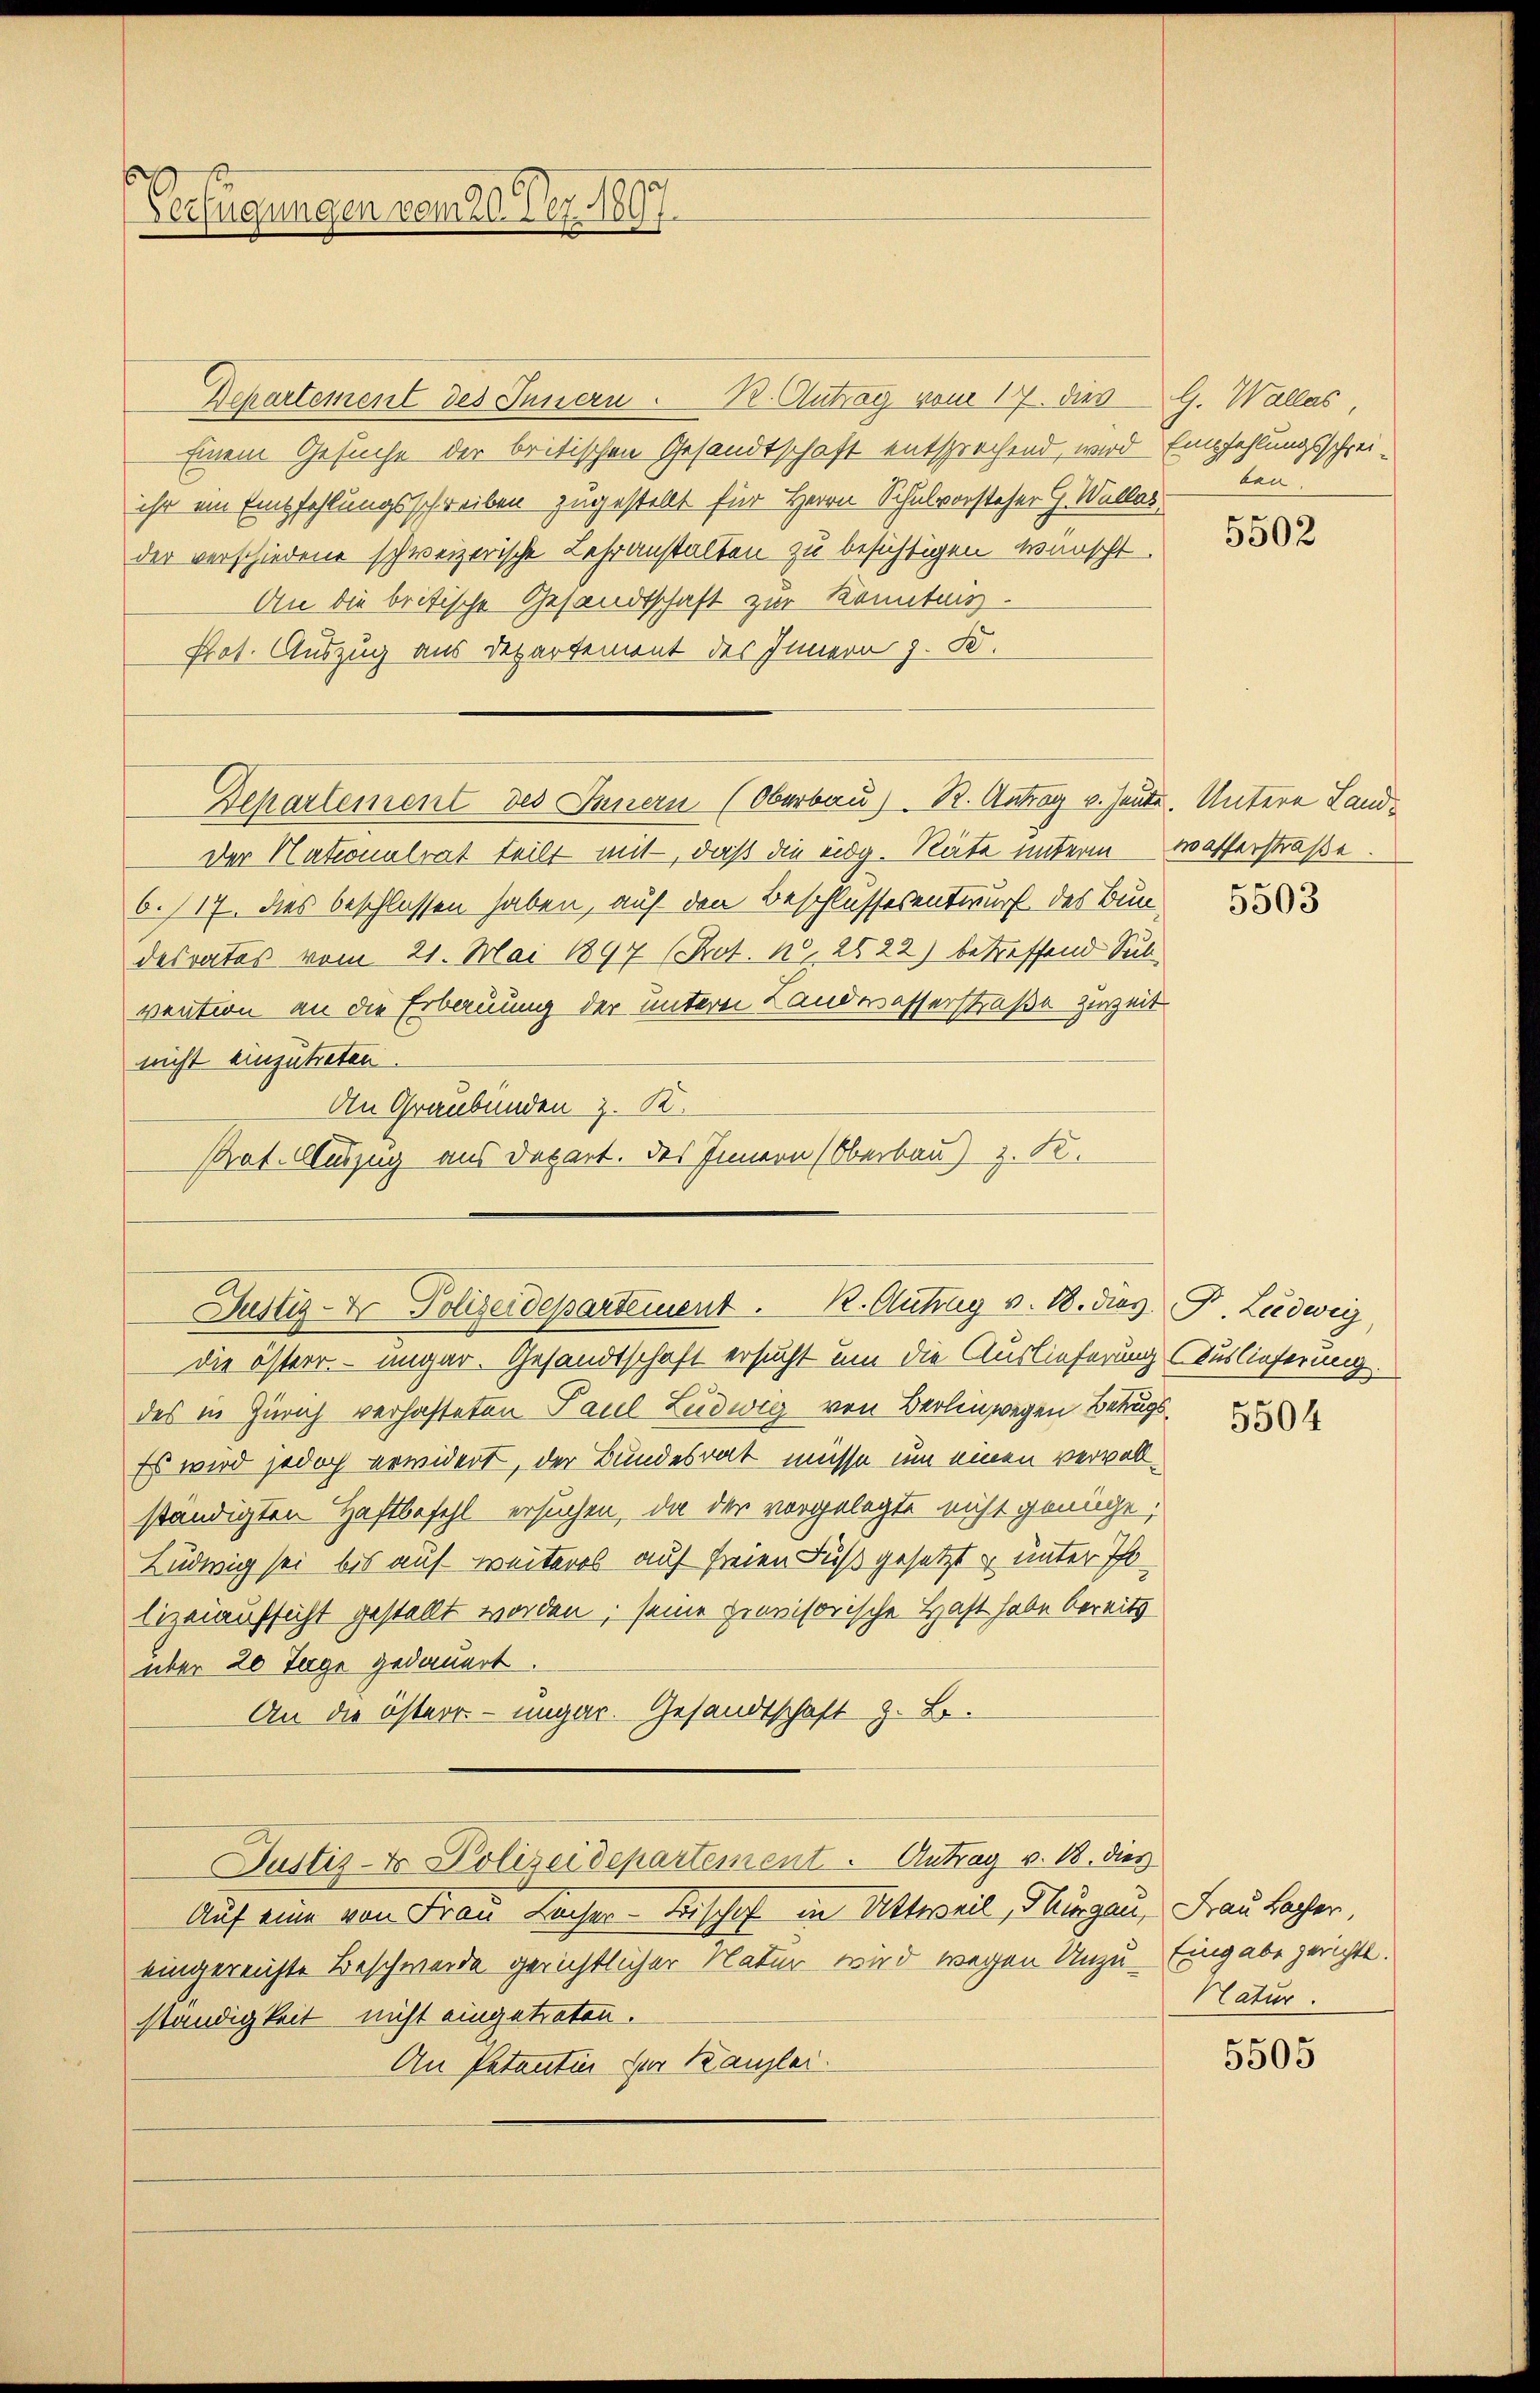
Verfügungen vom 26. Dez. 1897.

Departement des Innern. R. Antrag vom 17. dies G. Wallas,
Einem Gesuche der britischen Gesandtschaft entsprechend, wird Empfehlungsschreiihr ein Empfehlungsschreiben zugestellt für Herrn Schulvorsteher G. Wallas
der verschiedene schweizerische Lehranstalten zu besichtigen wünscht.
An die britische Gesandtschaft zur Kenntnis.
Prot. Auszug aus Departement des Innern J. K.
Departement des Innern (Oberbau) R. Antrag u. heute. Untere Land¬
Der Nationalrat teilt mit, daß die eidg. Räte unterm
6./17. dies beschlossen haben, auf den Beschlussesentwurf des Bundesrates vom 21. Mai 1897 (Prot. N. 2522) betreffend Sub
vention an die Erbauung der untern Landwasserstraße zuzeit
nicht einzutreten.
die österr. – ungar. Gesandtschaft ersucht um die Auslieferung Auslieferung.
des in Zürich verhafteten Paul Ludwig von Berlin wegen Betrugs¬
Es wird jedoch erwidert, der Bundesrat müsse um einen vervollständigten Haftbefehl ersuchen, da der vorgelegte nicht genüge,
Ludwig sei bis auf weiteres auf freien Fuß gesetzt u unter I
lizeiaufsicht gestellt worden; seine provisorische Haft habe bereits
über 20 Tage gedauert.
An die österr. – ungar. Gesandtschaft z. B.
Justiz- & Polizeidepartement. Antrag v. 18. dies
Auf eine von Frau Sacher Kirschof in Antweil, Thurgau,
eingereichte Beschwerde gerichtlicher Natur wird wegen Unzuständigkeit nicht eingetreten.
An Patantie der Kanzlei.

An Graubünden z. K.
Prat. Auszug aus Depart. Das Innern (Oberbau) z. K.
Justiz-Dr. Polizeidepartement. K. Antrag v. 18. dies Fr. Ludwig,

ten

5502

wasserstraße.

5503

5504

Frau Lacher,
Eingabe gerichte.
Natur.

5505